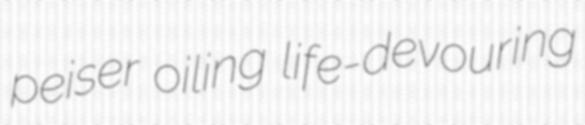
peiser oiling life-devouring